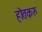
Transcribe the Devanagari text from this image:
होतकरु